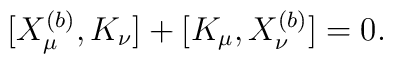
[X_\mu^{(b)},K_\nu]+[K_\mu,X_\nu^{(b)}]=0.